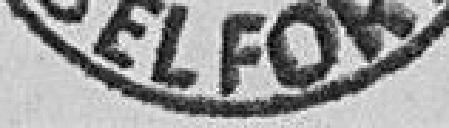
BELFORT